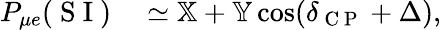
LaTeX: \begin{array}{rl}{P_{\mu e}(\mathrm{~S~I~})}&{{}\simeq\mathbb{X}+\mathbb{Y}\cos(\delta_{\mathrm{~C~P~}}+\Delta),}\end{array}